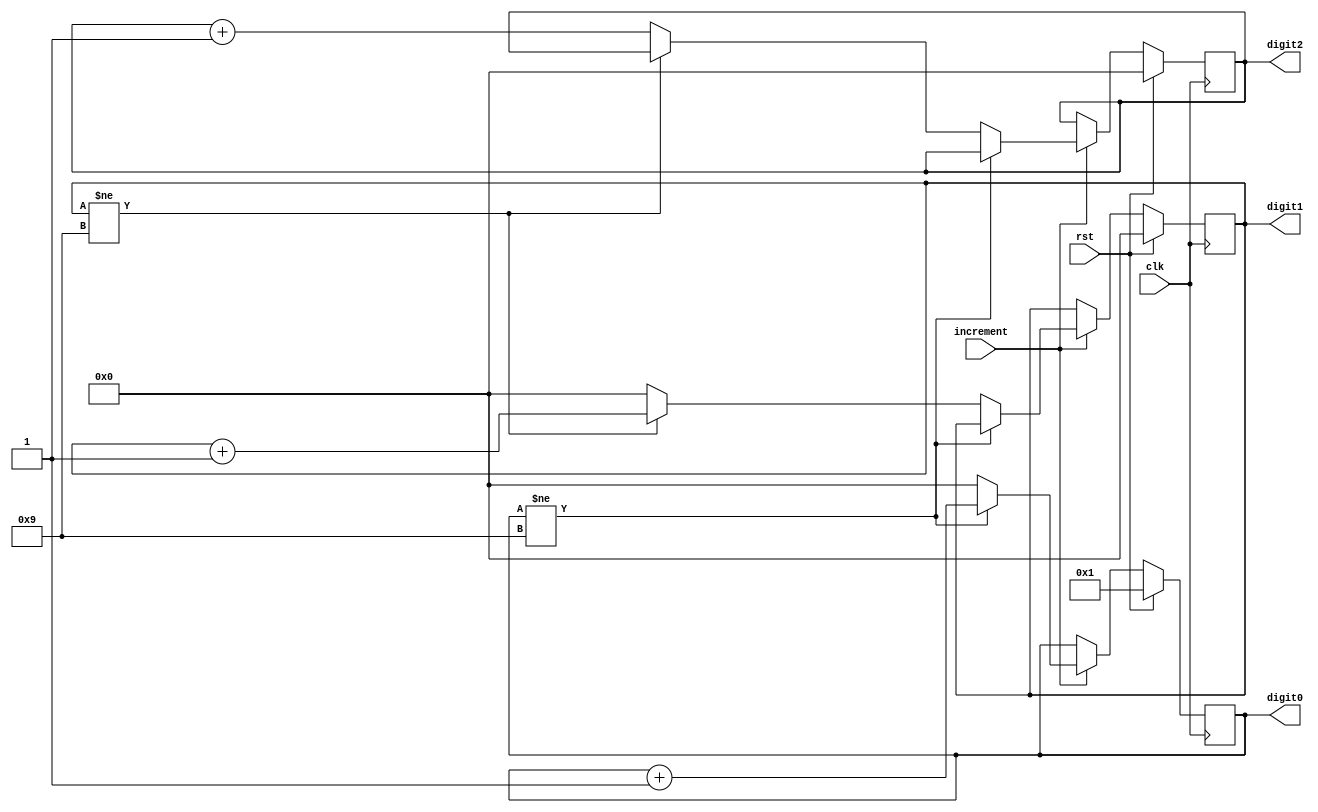
`timescale 1ns / 1ps
// 3-digit BCD counter
// A signal on "increment" will increment the counter.
// Ken Shirriff  http://righto.com

module bcd_counter(
  input clk,
  input rst,
  input increment,
  output reg [3:0] digit2,  // High-order digit
  output reg [3:0] digit1,
  output reg [3:0] digit0
    );
          
  always @(posedge clk) begin
    if (rst) begin
      // Reset to 001
      digit2 <= 4'b0;
      digit1 <= 4'b0;
      digit0 <= 4'b1;
    end else if (increment) begin
      // Increment value, rolling over digits at 9
      if (digit0 != 4'd9) begin
        // Regular increment digit 0
        digit0 <= digit0 + 1'b1;
      end else begin
        // Carry from digit 0
        digit0 <= 4'd0;
        if (digit1 != 4'd9) begin
          // Regular increment digit 1
            digit1 <= digit1 + 1'b1;
        end else begin
          // Carry from digit 1
          digit1 <= 4'd0;
          digit2 <= digit2 + 1'b1;
        end
      end
    end
  end


endmodule